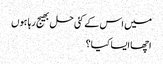
میں اس کے کئی حل بھیج رہا ہوں
اچھا ایسا کیا؟